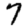
Digit: 7